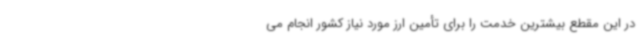
در این مقطع بیشترین خدمت را برای تأمین ارز مورد نیاز کشور انجام می